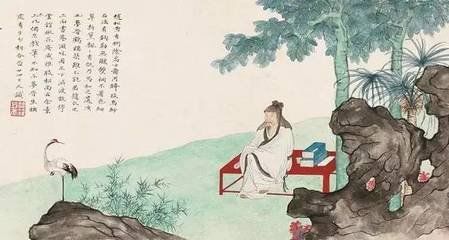
善政得民财，善教得民心。